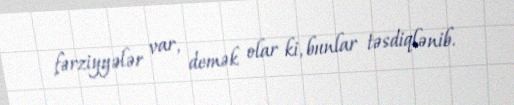
fərziyyələr var, demək olar ki, bunlar təsdiqlənib.